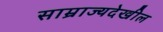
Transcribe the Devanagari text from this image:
साम्राज्यदेखील